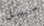
سبل